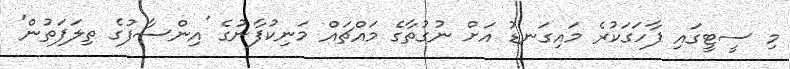
މި ސީޓީގައި ފާހަގަކުރެ މައިގަނޑު އަށް ނުގުތާގެ މައްޗައް މަނިކުފާނުގެ 'އިންސާފުގެ ތިލަފަތުން'